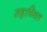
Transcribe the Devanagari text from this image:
सहाय्यित